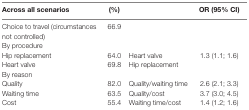
| Across all scenarios | (%) |  | OR (95% CI) |
 | --- | --- | --- | --- |
 | Choice to travel (circumstances not controlled) | 66.9 |  |  |
 | <COLSPAN=4> By procedure |
 | Hip replacement | 64.0 | Heart valve | 1.3 (1.1; 1.6) |
 | Heart valve | 69.8 | Hip replacement |  |
 | <COLSPAN=4> By reason |
 | Quality | 82.0 | Quality/waiting time | 2.6 (2.1; 3.3) |
 | Waiting time | 63.5 | Quality/cost | 3.7 (3.0; 4.5) |
 | Cost | 55.4 | Waiting time/cost | 1.4 (1.2; 1.6) |